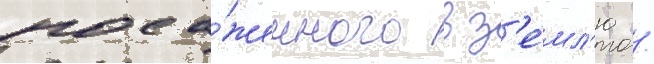
поса́женного в з'е́мл'ю /